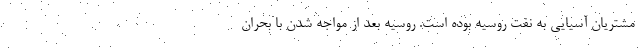
مشتریان آسیایی به نفت روسیه بوده است. روسیه بعد از مواجه شدن با بحران